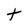
Character: t